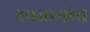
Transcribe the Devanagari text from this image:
उपक्रमांच